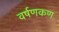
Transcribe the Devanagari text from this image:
वर्षणकण